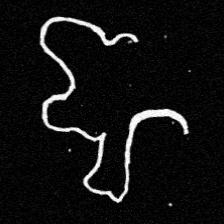
Pyu character \u2014 Myanmar letter: ဈ (romanized: jha)